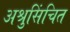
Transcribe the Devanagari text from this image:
अश्रुसिंचित